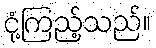
ငုံ့ကြည့်သည်။